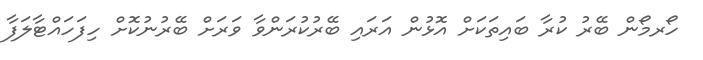
ހޯރމޯން ބޭރު ކުރާ ބައިތަކަށް އޮޅުން އަރައި ބޭރުކުރަންވާ ވަރަށް ބޭރުނުކޮށް ހިފަހައްޓާލަފާ